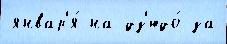
январ'я́ на дз'юдо́ за